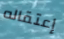
إعتقاله